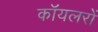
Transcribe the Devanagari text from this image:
कॉयलरों